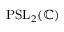
\mathrm { P S L } _ { 2 } ( \mathbb { C } )